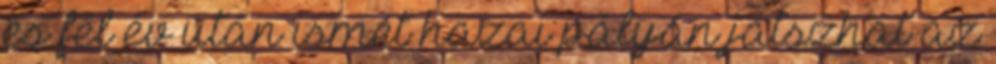
és fél év után ismét hazai pályán játszhat az